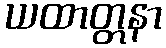
ယထာတ္တနာ